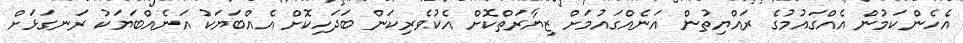
އެހެންކަމުން އެއްގައުމުގެ ރައްޔިތުން އަނެއްގައުމަށް ޒިޔާރަތްކޮށް އެކުވެރިކަން ބަދަހިކޮށް އެއްބަޔަކު އަނެއްބަޔަކު ރަނގަޅަށް